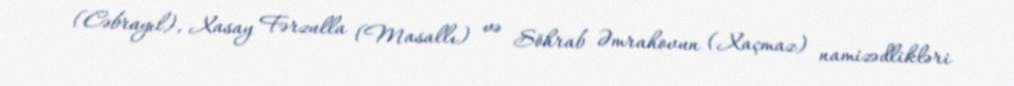
(Cəbrayıl), Xasay Fərzulla (Masallı) və Söhrab Əmrahovun (Xaçmaz) namizədlikləri